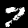
Digit: 7